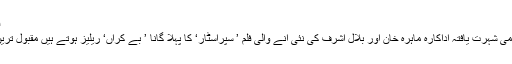
فوٹو: سوشل میڈیا
کراچی: بین الاقوامی شہرت یافتہ اداکارہ ماہرہ خان اور بلال اشرف کی نئی آنے والی فلم ’ سپراسٹار‘ کا پہلا گانا ’ بے کراں‘ ریلیز ہوتے ہیں مقبول ترین گانا بن گیا ہے۔